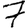
Digit: 7